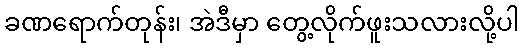
ခဏရောက်တုန်း၊ အဲဒီမှာ တွေ့လိုက်ဖူးသလားလို့ပါ